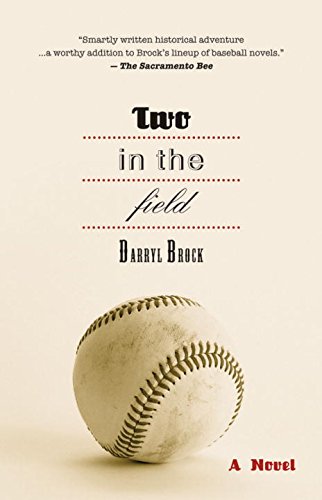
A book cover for Two in the Field; Darryl Brock; Travel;